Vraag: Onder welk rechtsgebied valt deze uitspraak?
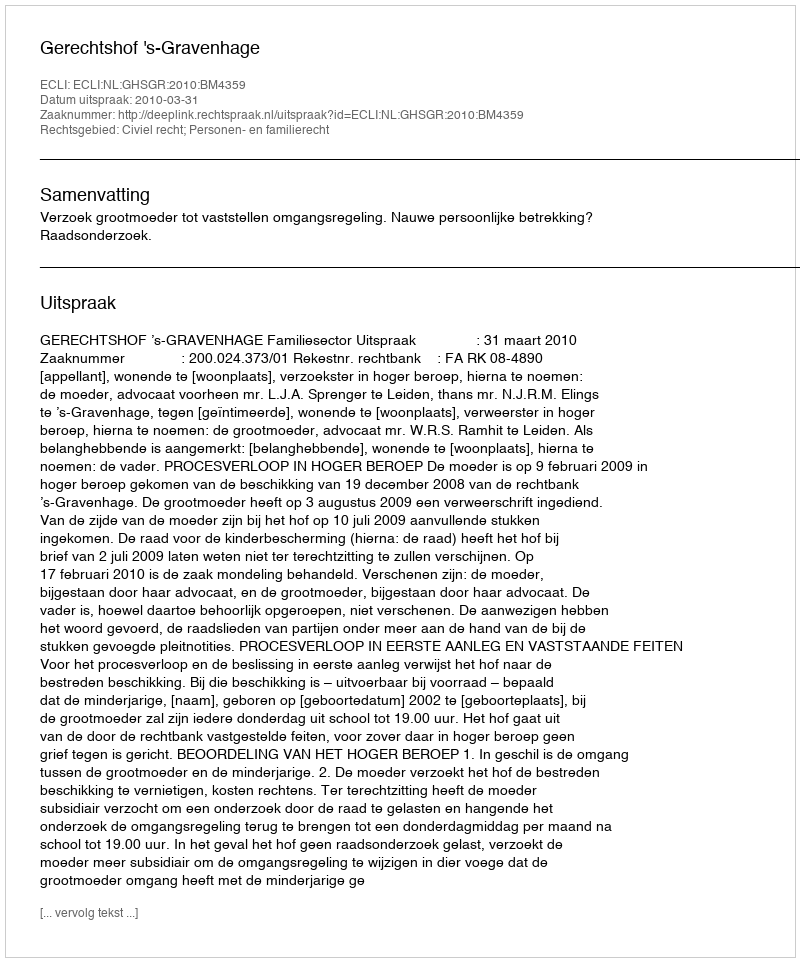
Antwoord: Civiel recht; Personen- en familierecht